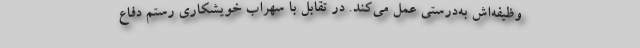
وظیفه‌اش به‌درستی عمل می‌کند. در تقابل با سهراب خویشکاری رستم دفاع